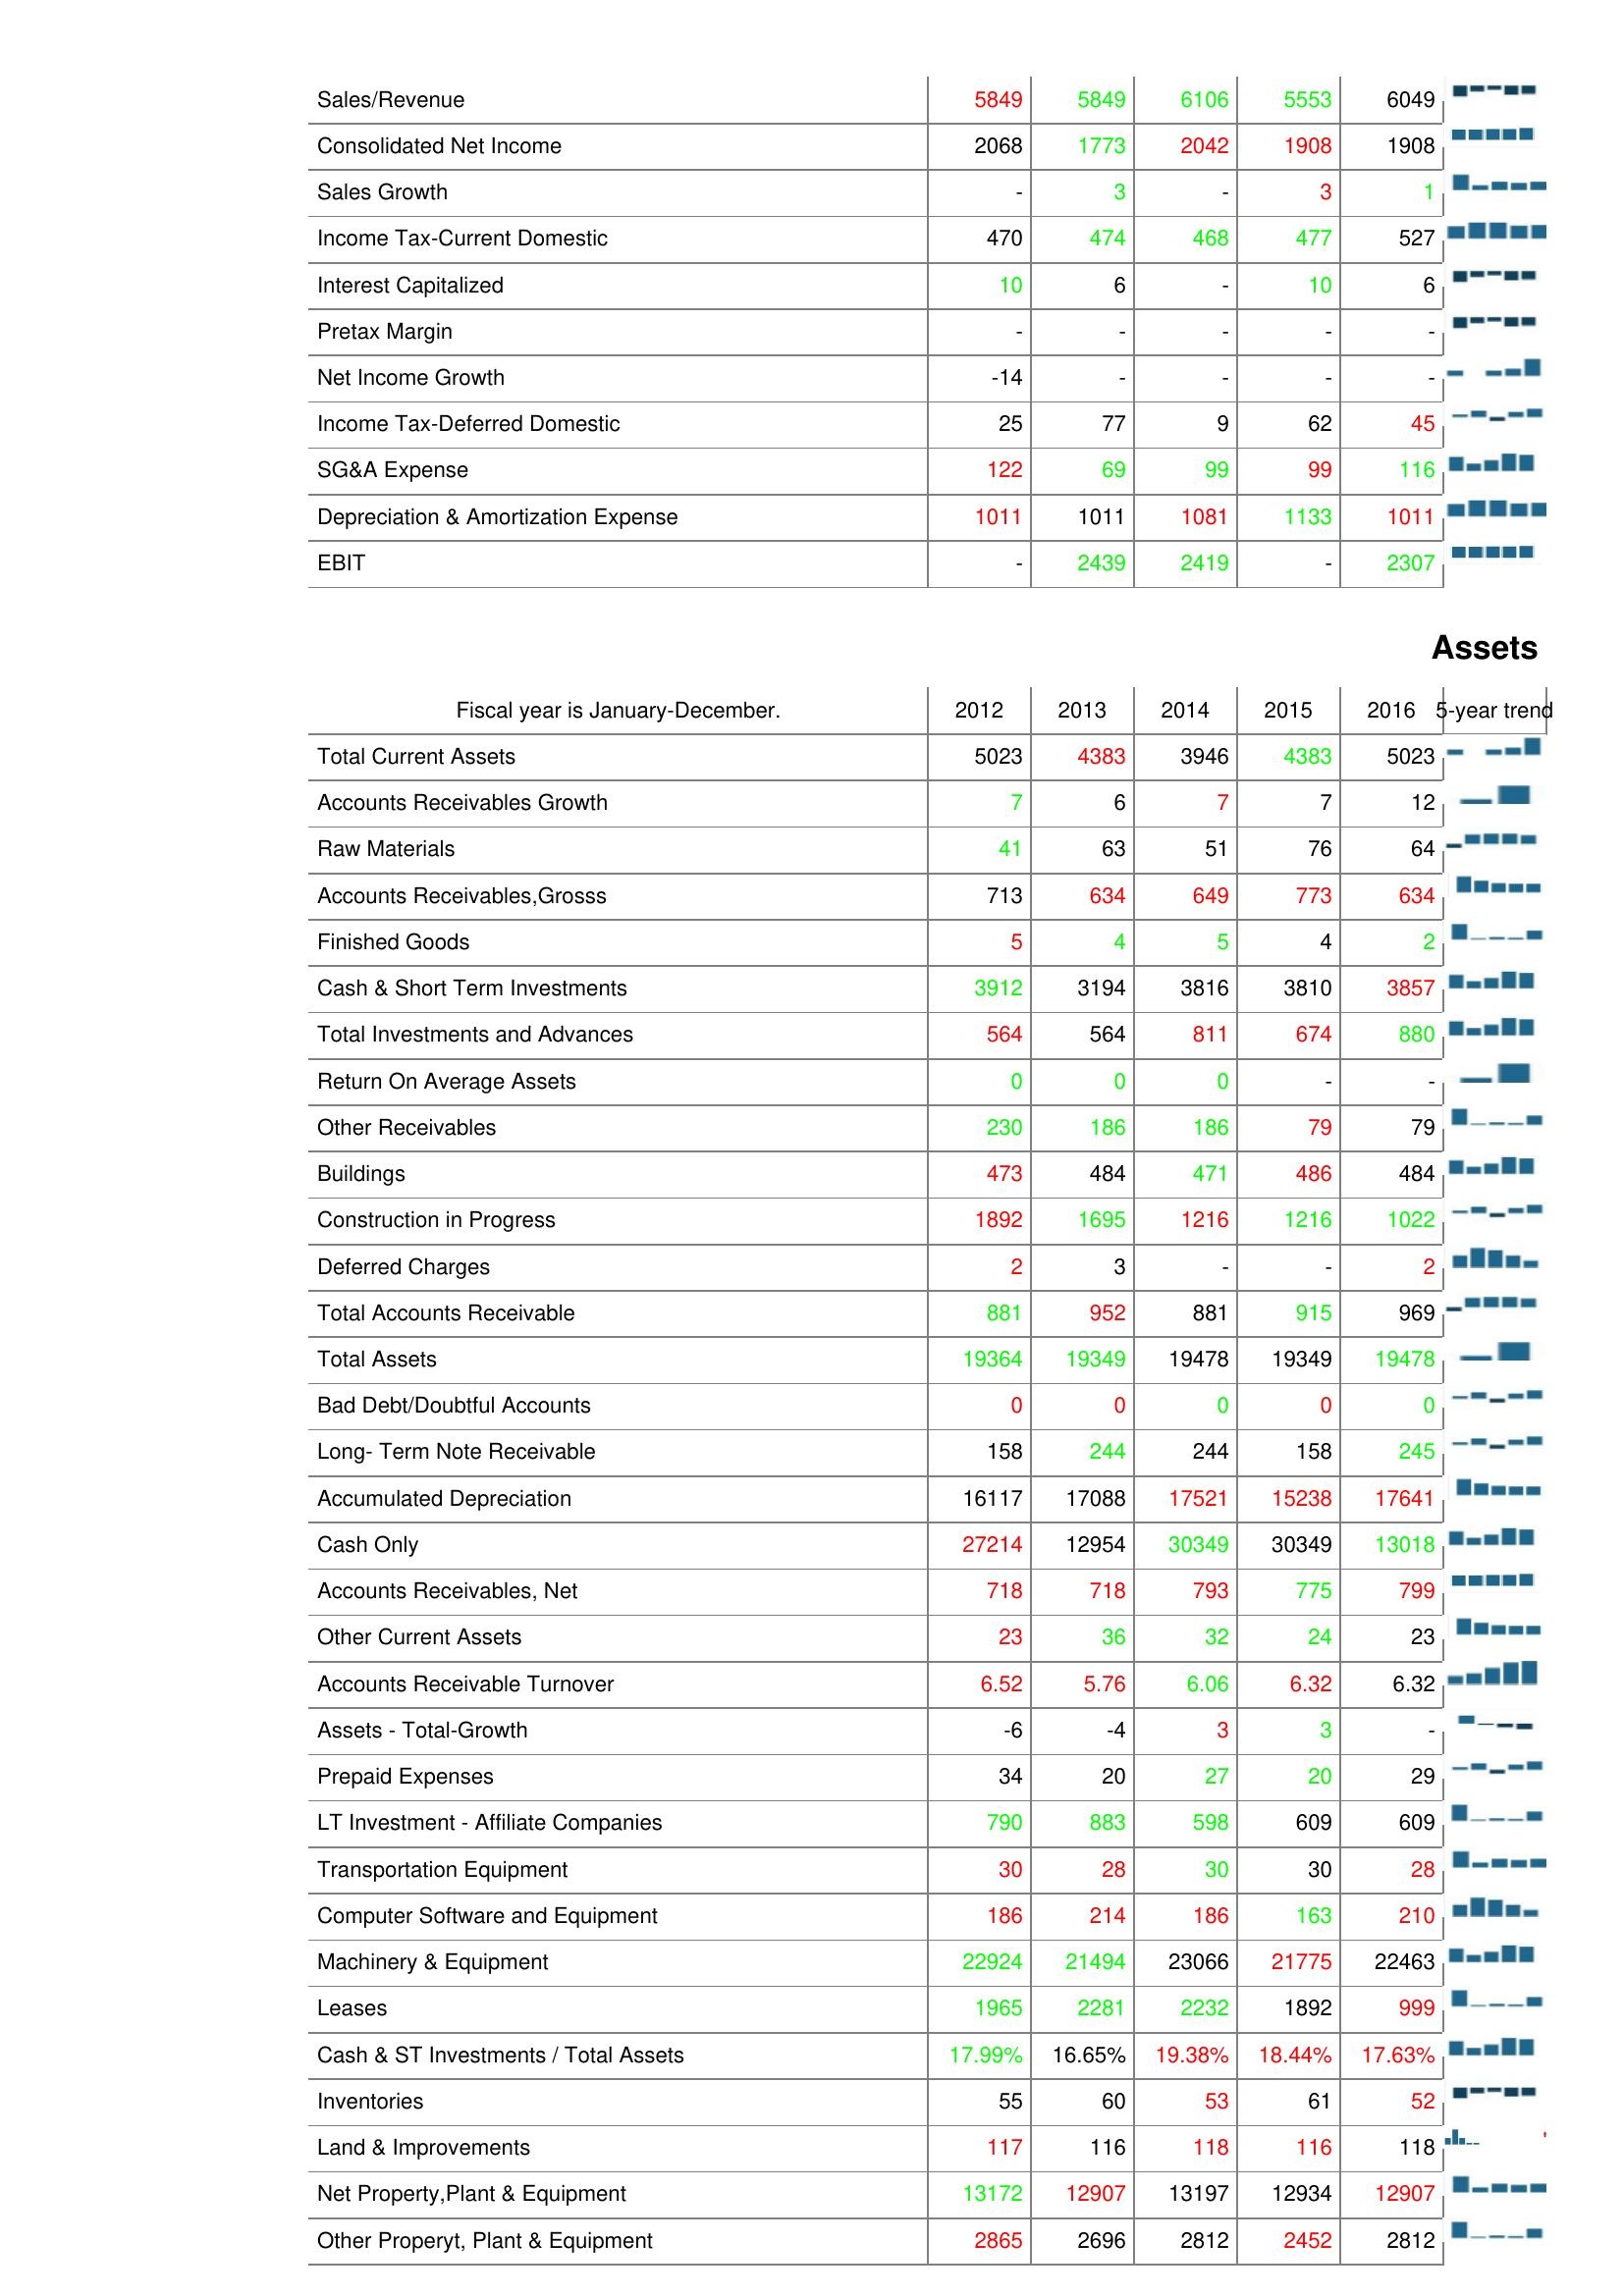
2012: : Sales/Revenue: 5849
Consolidated Net Income: 2068
Sales Growth: -
Income Tax-Current Domestic: 470
Interest Capitalized: 10
Pretax Margin: -
Net Income Growth: -14
Income Tax-Deferred Domestic: 25
SG&A Expense: 122
Depreciation & Amortization Expense: 1011
EBIT: -
Assets: Total Current Assets: 5023
Accounts Receivables Growth: 7
Raw Materials: 41
Accounts Receivables,Grosss: 713
Finished Goods: 5
Cash & Short Term Investments: 3912
Total Investments and Advances: 564
Return On Average Assets: 0
Other Receivables: 230
Buildings: 473
Construction in Progress: 1892
Deferred Charges: 2
Total Accounts Receivable: 881
Total Assets: 19364
Bad Debt/Doubtful Accounts: 0
Long- Term Note Receivable: 158
Accumulated Depreciation: 16117
Cash Only: 27214
Accounts Receivables, Net: 718
Other Current Assets: 23
Accounts Receivable Turnover: 6.52
Assets - Total-Growth: -6
Prepaid Expenses: 34
LT Investment - Affiliate Companies: 790
Transportation Equipment: 30
Computer Software and Equipment: 186
Machinery & Equipment: 22924
Leases: 1965
Cash & ST Investments / Total Assets: 17.99%
Inventories: 55
Land & Improvements: 117
Net Property,Plant & Equipment: 13172
Other Properyt, Plant & Equipment: 2865
2013: : Sales/Revenue: 5849
Consolidated Net Income: 1773
Sales Growth: 3
Income Tax-Current Domestic: 474
Interest Capitalized: 6
Pretax Margin: -
Net Income Growth: -
Income Tax-Deferred Domestic: 77
SG&A Expense: 69
Depreciation & Amortization Expense: 1011
EBIT: 2439
Assets: Total Current Assets: 4383
Accounts Receivables Growth: 6
Raw Materials: 63
Accounts Receivables,Grosss: 634
Finished Goods: 4
Cash & Short Term Investments: 3194
Total Investments and Advances: 564
Return On Average Assets: 0
Other Receivables: 186
Buildings: 484
Construction in Progress: 1695
Deferred Charges: 3
Total Accounts Receivable: 952
Total Assets: 19349
Bad Debt/Doubtful Accounts: 0
Long- Term Note Receivable: 244
Accumulated Depreciation: 17088
Cash Only: 12954
Accounts Receivables, Net: 718
Other Current Assets: 36
Accounts Receivable Turnover: 5.76
Assets - Total-Growth: -4
Prepaid Expenses: 20
LT Investment - Affiliate Companies: 883
Transportation Equipment: 28
Computer Software and Equipment: 214
Machinery & Equipment: 21494
Leases: 2281
Cash & ST Investments / Total Assets: 16.65%
Inventories: 60
Land & Improvements: 116
Net Property,Plant & Equipment: 12907
Other Properyt, Plant & Equipment: 2696
2014: : Sales/Revenue: 6106
Consolidated Net Income: 2042
Sales Growth: -
Income Tax-Current Domestic: 468
Interest Capitalized: -
Pretax Margin: -
Net Income Growth: -
Income Tax-Deferred Domestic: 9
SG&A Expense: 99
Depreciation & Amortization Expense: 1081
EBIT: 2419
Assets: Total Current Assets: 3946
Accounts Receivables Growth: 7
Raw Materials: 51
Accounts Receivables,Grosss: 649
Finished Goods: 5
Cash & Short Term Investments: 3816
Total Investments and Advances: 811
Return On Average Assets: 0
Other Receivables: 186
Buildings: 471
Construction in Progress: 1216
Deferred Charges: -
Total Accounts Receivable: 881
Total Assets: 19478
Bad Debt/Doubtful Accounts: 0
Long- Term Note Receivable: 244
Accumulated Depreciation: 17521
Cash Only: 30349
Accounts Receivables, Net: 793
Other Current Assets: 32
Accounts Receivable Turnover: 6.06
Assets - Total-Growth: 3
Prepaid Expenses: 27
LT Investment - Affiliate Companies: 598
Transportation Equipment: 30
Computer Software and Equipment: 186
Machinery & Equipment: 23066
Leases: 2232
Cash & ST Investments / Total Assets: 19.38%
Inventories: 53
Land & Improvements: 118
Net Property,Plant & Equipment: 13197
Other Properyt, Plant & Equipment: 2812
2015: : Sales/Revenue: 5553
Consolidated Net Income: 1908
Sales Growth: 3
Income Tax-Current Domestic: 477
Interest Capitalized: 10
Pretax Margin: -
Net Income Growth: -
Income Tax-Deferred Domestic: 62
SG&A Expense: 99
Depreciation & Amortization Expense: 1133
EBIT: -
Assets: Total Current Assets: 4383
Accounts Receivables Growth: 7
Raw Materials: 76
Accounts Receivables,Grosss: 773
Finished Goods: 4
Cash & Short Term Investments: 3810
Total Investments and Advances: 674
Return On Average Assets: -
Other Receivables: 79
Buildings: 486
Construction in Progress: 1216
Deferred Charges: -
Total Accounts Receivable: 915
Total Assets: 19349
Bad Debt/Doubtful Accounts: 0
Long- Term Note Receivable: 158
Accumulated Depreciation: 15238
Cash Only: 30349
Accounts Receivables, Net: 775
Other Current Assets: 24
Accounts Receivable Turnover: 6.32
Assets - Total-Growth: 3
Prepaid Expenses: 20
LT Investment - Affiliate Companies: 609
Transportation Equipment: 30
Computer Software and Equipment: 163
Machinery & Equipment: 21775
Leases: 1892
Cash & ST Investments / Total Assets: 18.44%
Inventories: 61
Land & Improvements: 116
Net Property,Plant & Equipment: 12934
Other Properyt, Plant & Equipment: 2452
2016: : Sales/Revenue: 6049
Consolidated Net Income: 1908
Sales Growth: 1
Income Tax-Current Domestic: 527
Interest Capitalized: 6
Pretax Margin: -
Net Income Growth: -
Income Tax-Deferred Domestic: 45
SG&A Expense: 116
Depreciation & Amortization Expense: 1011
EBIT: 2307
Assets: Total Current Assets: 5023
Accounts Receivables Growth: 12
Raw Materials: 64
Accounts Receivables,Grosss: 634
Finished Goods: 2
Cash & Short Term Investments: 3857
Total Investments and Advances: 880
Return On Average Assets: -
Other Receivables: 79
Buildings: 484
Construction in Progress: 1022
Deferred Charges: 2
Total Accounts Receivable: 969
Total Assets: 19478
Bad Debt/Doubtful Accounts: 0
Long- Term Note Receivable: 245
Accumulated Depreciation: 17641
Cash Only: 13018
Accounts Receivables, Net: 799
Other Current Assets: 23
Accounts Receivable Turnover: 6.32
Assets - Total-Growth: -
Prepaid Expenses: 29
LT Investment - Affiliate Companies: 609
Transportation Equipment: 28
Computer Software and Equipment: 210
Machinery & Equipment: 22463
Leases: 999
Cash & ST Investments / Total Assets: 17.63%
Inventories: 52
Land & Improvements: 118
Net Property,Plant & Equipment: 12907
Other Properyt, Plant & Equipment: 2812